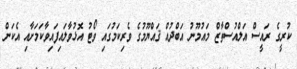
ކުރީގެ ރައީސް އަލްއުސްތާޒް މައުމޫނު އަބްދުއް ޤައްޔޫމުގެ ވެރިކަމުގައި ވޯޓު އޮޅުވާލައިފައިވާކަމަށާއި އެކަން